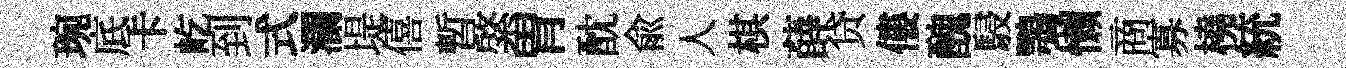
琬底卡屹到式瀾堤僖暫綮胃酖兪人棋薛贷僂醜駸鶚懒商寡橈統